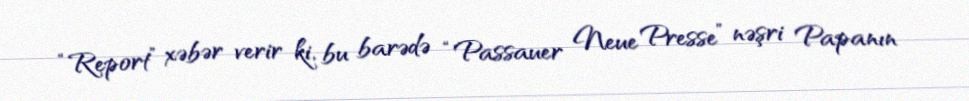
“Report” xəbər verir ki, bu barədə “Passauer Neue Presse” nəşri Papanın